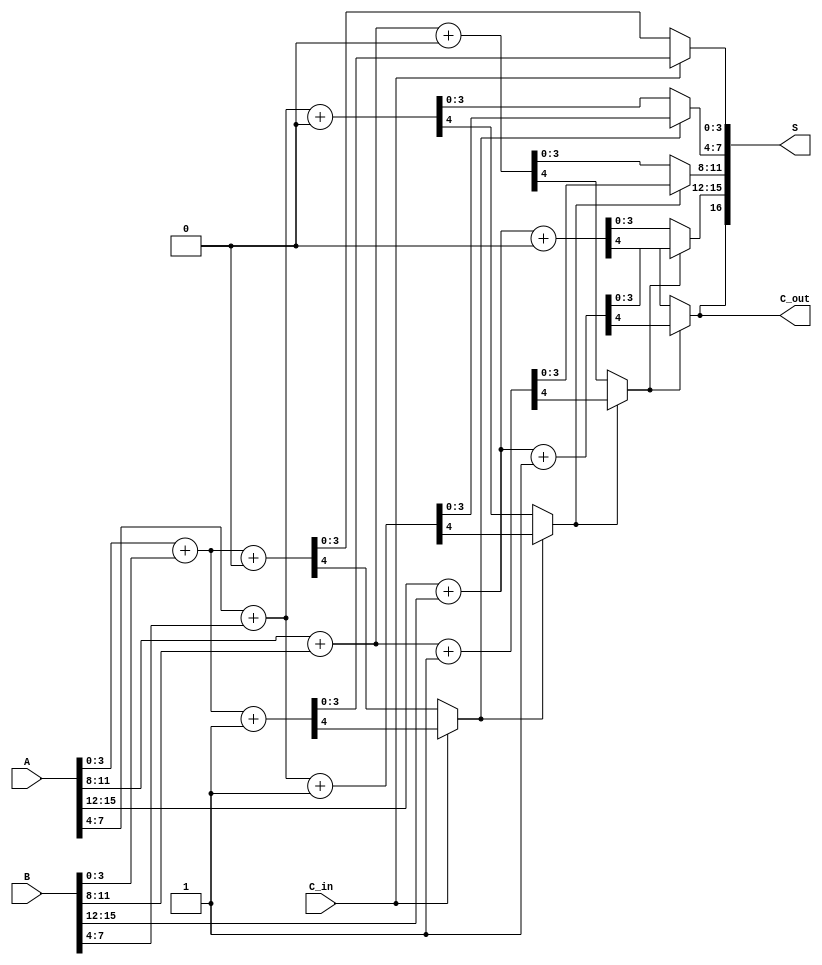
module carry_select_adder #(parameter N = 16, // Total number of bits
                            parameter BLOCK_SIZE = 4) // Size of each block
(
    input  [N-1:0] A,       // First operand
    input  [N-1:0] B,       // Second operand
    input  C_in,            // Carry-in
    output [N:0] S,         // Sum output (N+1 bits)
    output C_out            // Carry-out
);

    localparam NUM_BLOCKS = N / BLOCK_SIZE; // Number of blocks
    wire [BLOCK_SIZE-1:0] S0 [0:NUM_BLOCKS-1]; // Sums for C_in = 0
    wire [BLOCK_SIZE-1:0] S1 [0:NUM_BLOCKS-1]; // Sums for C_in = 1
    wire C0 [0:NUM_BLOCKS-1]; // Carry-out for C_in = 0
    wire C1 [0:NUM_BLOCKS-1]; // Carry-out for C_in = 1
    wire C_prev [0:NUM_BLOCKS-1]; // Previous carry-out

    // Generate blocks
    genvar i;
    generate
        for (i = 0; i < NUM_BLOCKS; i = i + 1) begin : block
            wire [BLOCK_SIZE-1:0] A_block = A[i*BLOCK_SIZE +: BLOCK_SIZE];
            wire [BLOCK_SIZE-1:0] B_block = B[i*BLOCK_SIZE +: BLOCK_SIZE];
            wire C_in_block = (i == 0) ? C_in : C_prev[i-1];

            // Compute sums and carries for C_in = 0
            assign {C0[i], S0[i]} = A_block + B_block + 1'b0;
            // Compute sums and carries for C_in = 1
            assign {C1[i], S1[i]} = A_block + B_block + 1'b1;

            // Select the appropriate sum and carry based on previous carry
            if (i == 0) begin
                assign S[i*BLOCK_SIZE +: BLOCK_SIZE] = (C_in_block) ? S1[i] : S0[i];
                assign C_prev[i] = (C_in_block) ? C1[i] : C0[i];
            end else begin
                assign S[i*BLOCK_SIZE +: BLOCK_SIZE] = (C_prev[i-1]) ? S1[i] : S0[i];
                assign C_prev[i] = (C_prev[i-1]) ? C1[i] : C0[i];
            end
        end
    endgenerate

    // Final carry-out
    assign C_out = C_prev[NUM_BLOCKS-1];
    // Final sum output
    assign S[N] = C_out; // Carry-out as the most significant bit
endmodule